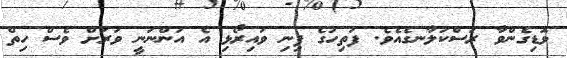
ވޮޑިގެންވާ ރަސްކަލާނގެއެވެ. ފަތިހުގެ ފިނި ވައިރޯޅި އެ އަންނަނީ ވަރަށް ވެސް ހިތް